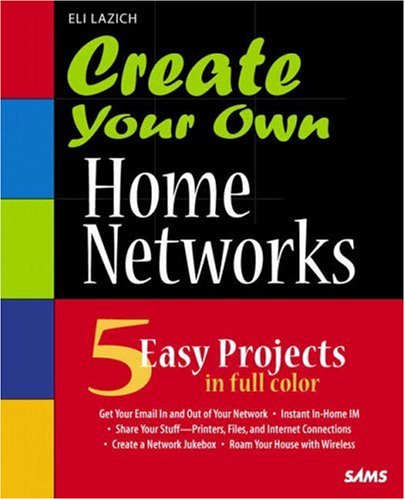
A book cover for Create Your Own Home Networks; Eli Lazich; Computers & Technology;